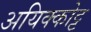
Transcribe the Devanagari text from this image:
अयिक्कोट्ट